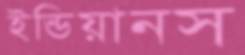
ইন্ডিয়ানস